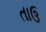
તાઉ